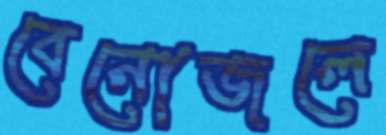
বেনোজলে